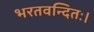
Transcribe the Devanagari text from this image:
भरतवन्दितः।